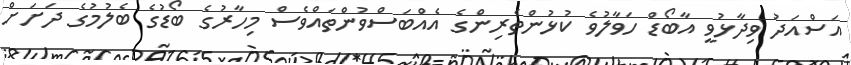
އަސްއަދު ވިދާޅުވީ އާބޯޑް ހަވާލުވެ ކުޅުންތެރިންގެ އެއްބަސްވުންތައްވެސް މިހާރުގެ ބޯޑުގެ ބެލުމުގެ ދަށަށް